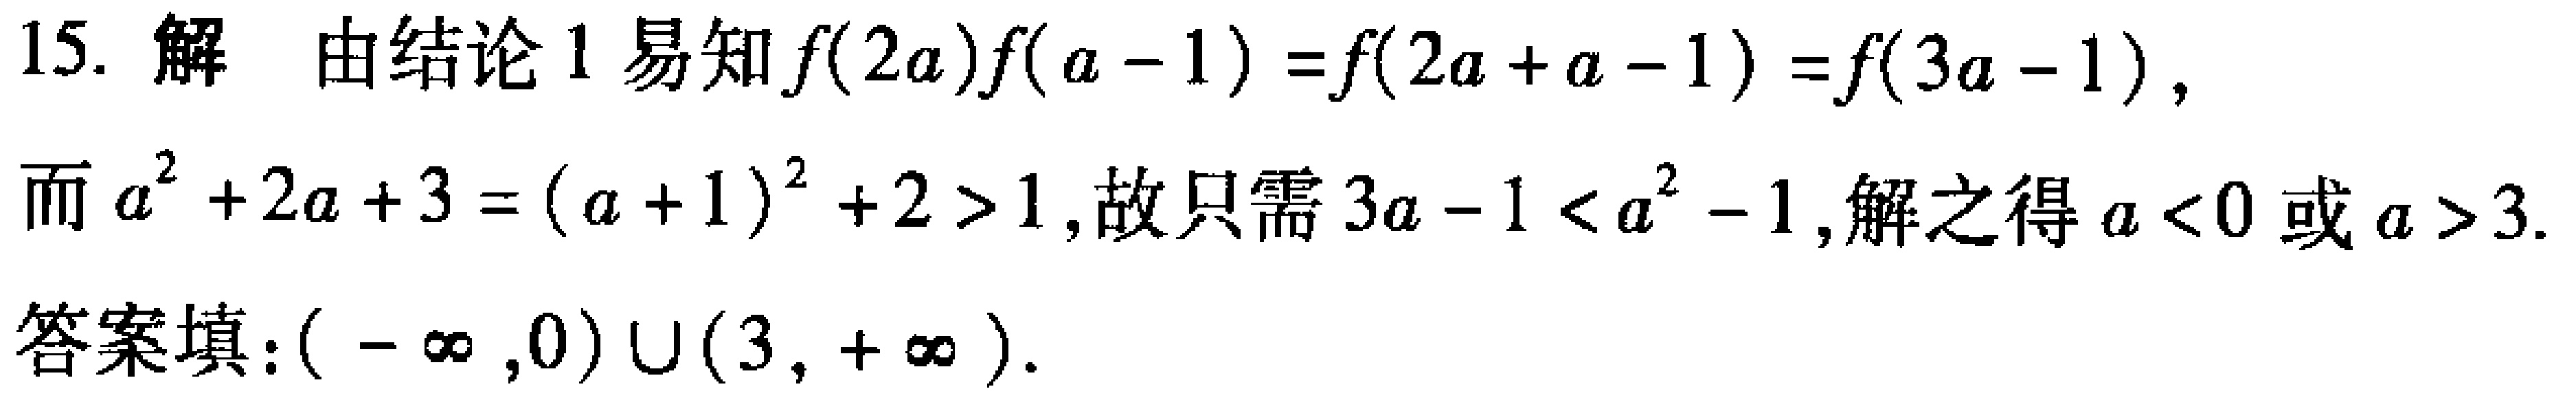
15. 解 由结论 1 易知\(f(2a)f(a - 1)=f(2a + a - 1)=f(3a - 1)\)，

而\(a^{2}+2a + 3=(a + 1)^{2}+2>1\)，故只需\(3a - 1 < a^{2}-1\)，解之得\(a < 0\)或\(a > 3\).

答案填:\((-\infty,0)\cup(3,+\infty)\).